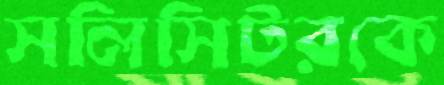
সলিসিটরকে